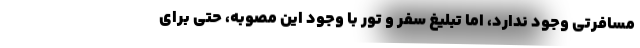
مسافرتی وجود ندارد، اما تبلیغ سفر و تور با وجود این مصوبه، حتی برای